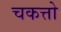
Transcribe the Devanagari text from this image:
चकत्तो